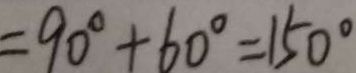
= 9 0 ^ { \circ } + 6 0 ^ { \circ } = 1 5 0 ^ { \circ }